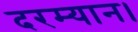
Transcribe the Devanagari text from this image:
दरम्यान।